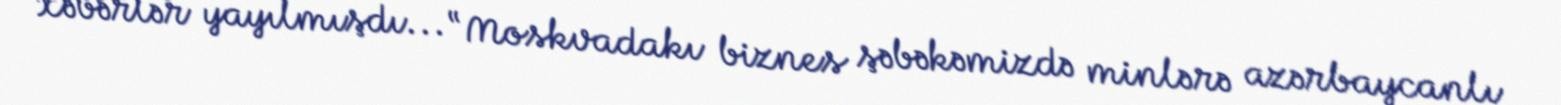
xəbərlər yayılmışdı... “Moskvadakı biznes şəbəkəmizdə minlərə azərbaycanlı